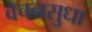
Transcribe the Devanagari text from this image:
वचनसुधा